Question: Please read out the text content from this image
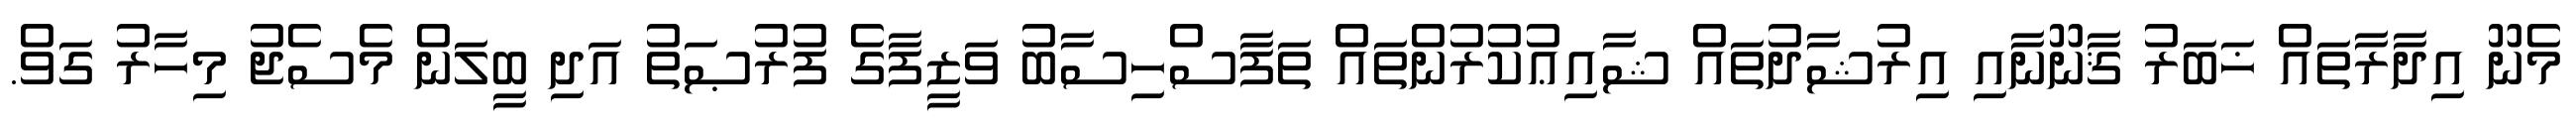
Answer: މެނޫ އިދާރާތައް ޚަބަރު ޤާނޫނާއި އިރުޝާދުތައް ޝާއިޢުކުރުންތައް ތަފާސްހިސާބު ވަޒީފާގެ ފުރުޞަތު އަދި ބީލަން މެސެޖު މިހާރު ގަވް.